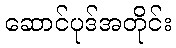
ဆောင်ပုဒ်အတိုင်း